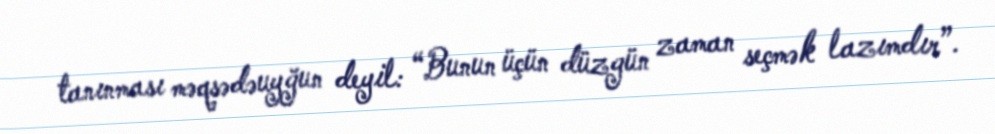
tanınması məqsədəuyğun deyil: “Bunun üçün düzgün zaman seçmək lazımdır”.